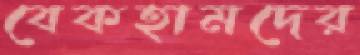
বেকহামদের